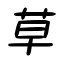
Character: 草